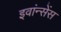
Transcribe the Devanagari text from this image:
इवांन्सेंस